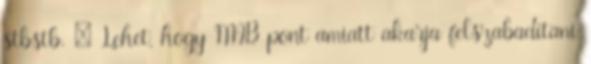
stbstb. : Lehet, hogy MIB pont amiatt akarja felszabadítani